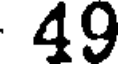
49